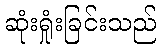
ဆုံးရှုံးခြင်းသည်